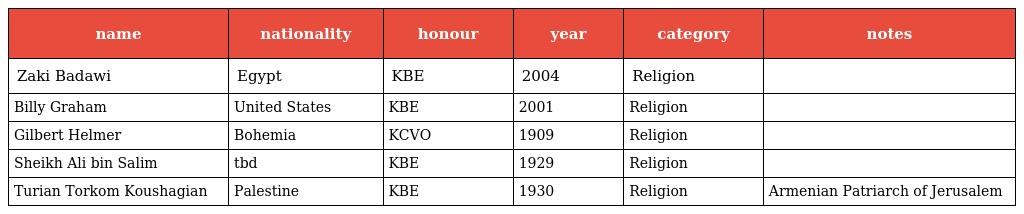
| name | nationality | honour | year | category | notes |
 | --- | --- | --- | --- | --- | --- |
 | Zaki Badawi | Egypt | KBE | 2004 | Religion |  |
 | Billy Graham | United States | KBE | 2001 | Religion |  |
 | Gilbert Helmer | Bohemia | KCVO | 1909 | Religion |  |
 | Sheikh Ali bin Salim | tbd | KBE | 1929 | Religion |  |
 | Turian Torkom Koushagian | Palestine | KBE | 1930 | Religion | Armenian Patriarch of Jerusalem |